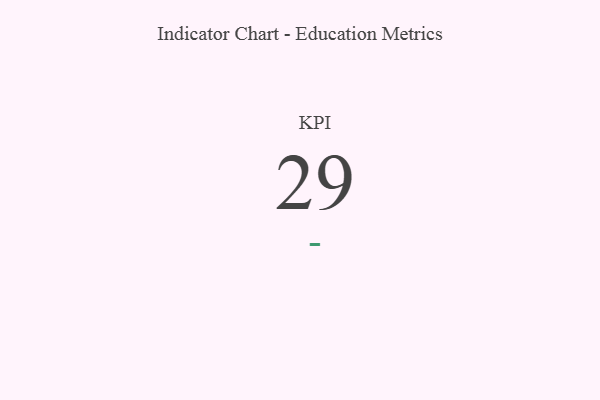
{"axis": {"x": "KPI", "y": "Value"}, "legend": [""], "data": [{"x": "KPI", "y": 29, "type": ""}]}